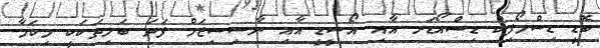
ބޮޑީ ޑިސްމޯފިކް ޑިސްއޯޑަރ އާއި އޯސީޑީ އާއި ނާސިސިޒަމް ފަދަ ބަލިތަކަކީ މިކަމާ